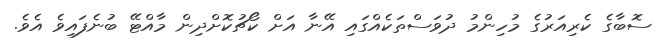
ސޮބާގެ ކެރިއަރުގެ މުހިންމު ދުވަސްތަކެއްގައި އޭނާ އަށް ކޯޗުކޮށްދިން މާއްޓޭ ބުނެފައިވެ އެވެ.